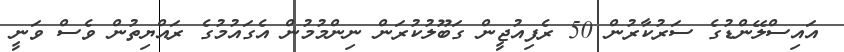
އައިސްލޭންޑުގެ ސަރުކާރުން 50 ރެފިއުޖީން ގަބޫލުކުރަން ނިންމުމުން އެގައުމުގެ ރައްޔިތުން ވެސް ވަނީ